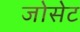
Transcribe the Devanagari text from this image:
जोसेट